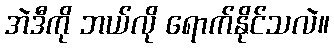
အဲဒီကို ဘယ်လို ရောက်နိုင်သလဲ။